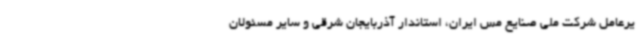
یرعامل شرکت ملی صنایع مس ایران، استاندار آذربایجان شرقی و سایر مسئولان